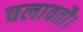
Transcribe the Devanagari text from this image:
चलावतौ।